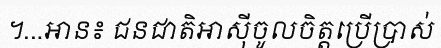
។...អាន៖ ជនជាតិអាស៊ីចូលចិត្តប្រើប្រាស់